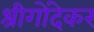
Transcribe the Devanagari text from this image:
श्रीगोंदेकर